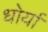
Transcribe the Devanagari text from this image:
धोर्यां